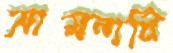
আয়নাটি